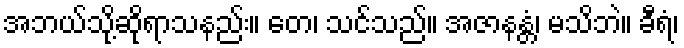
အဘယ်သို့ဆိုရာသနည်း။ တေ၊ သင်သည်။ အဇာနန္တံ၊ မသိဘဲ။ ခီရံ၊